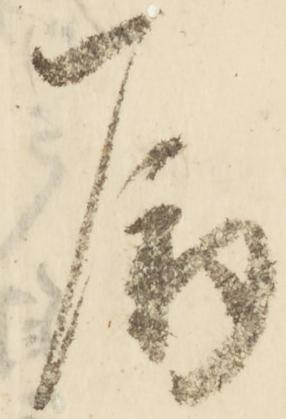
属